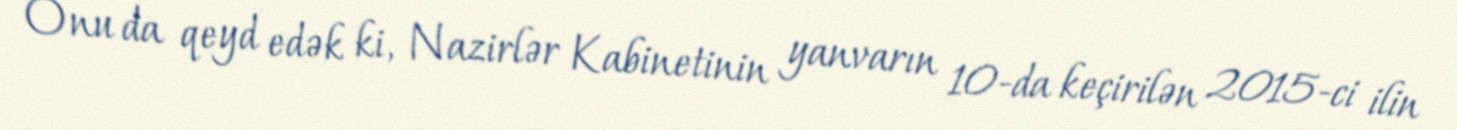
Onu da qeyd edək ki, Nazirlər Kabinetinin yanvarın 10-da keçirilən 2015-ci ilin